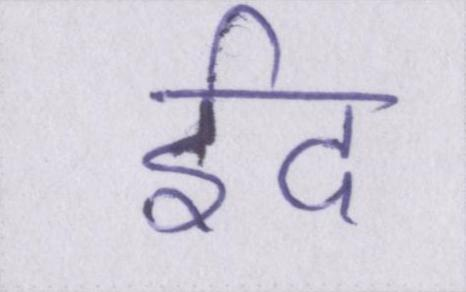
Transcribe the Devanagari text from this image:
ईद